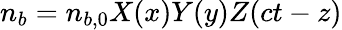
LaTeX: n_{b}=n_{b,0}X(x)Y(y)Z(ct-z)